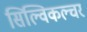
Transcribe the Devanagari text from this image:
सिल्विकल्चर